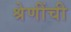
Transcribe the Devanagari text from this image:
श्रेणींची